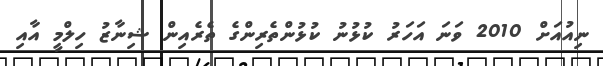
ނިއުއަށް 2010 ވަނަ އަހަރު ކުޅުނު ކުޅުންތެރިންގެ ތެރެއިން ޝިނާޒު ހިލްމީ އާއި